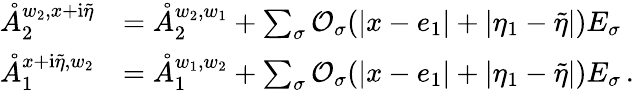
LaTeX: \begin{array}{rl}{\mathring{A}_{2}^{w_{2},x+\mathrm{i}\tilde{\eta}}}&{=\mathring{A}_{2}^{w_{2},w_{1}}+\sum_{\sigma}\mathcal{O}_{\sigma}(|x-e_{1}|+|\eta_{1}-\tilde{\eta}|)E_{\sigma}}\\ {\mathring{A}_{1}^{x+\mathrm{i}\tilde{\eta},w_{2}}}&{=\mathring{A}_{1}^{w_{1},w_{2}}+\sum_{\sigma}\mathcal{O}_{\sigma}(|x-e_{1}|+|\eta_{1}-\tilde{\eta}|)E_{\sigma}\, .}\end{array}